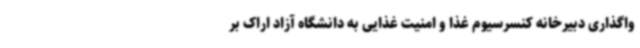
واگذاری دبیرخانه کنسرسیوم غذا و امنیت غذایی به دانشگاه آزاد اراک بر